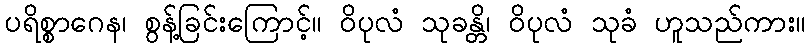
ပရိစ္စာဂေန၊ စွန့်ခြင်းကြောင့်။ ဝိပုလံ သုခန္တိ၊ ဝိပုလံ သုခံ ဟူသည်ကား။